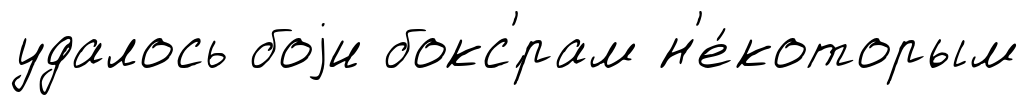
удалось боjи бокс'́рам н'е́которым